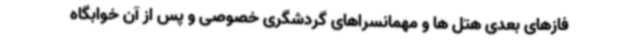
فازهای بعدی هتل ها و مهمانسراهای گردشگری خصوصی و پس از آن خوابگاه